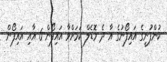
ކުންފުނީގެ އައިފޯނުގެ އާ ދެ މޮޑެލް ކަމަށްވާ އައިފޯން 6 އާއި އައިފޯން